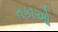
તકાઓ